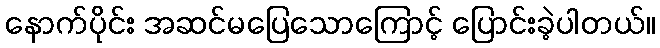
နောက်ပိုင်း အဆင်မပြေသောကြောင့် ပြောင်းခဲ့ပါတယ်။